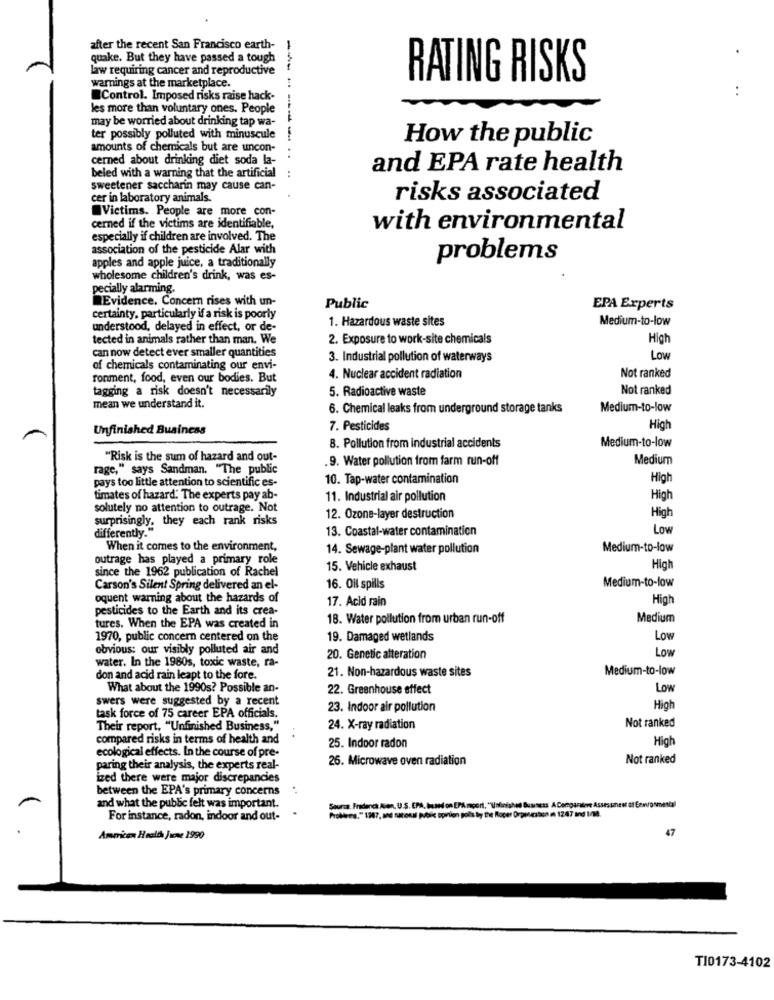
after the recent San Francisco earth-
quake. But they have passed a tough
law requiring cancer and reproductive
RATING RISKS
warnings at the marketplace.
Control. Imposed risks raise hack-
..
les more than voluntary ones. People
may be worried about drinking tap wa-
ter possibly polluted with minuscule
How the public
amounts of chemicals but are uncon-
cerned about drinking diet soda la-
-------..
beled with a warning that the artificial
and EPA rate health
:
sweetener saccharin may cause can-
cer in laboratory animals.
risks associated
Victims. People are more con-
cerned if the victims are identifiable,
with environmental
especially if children are involved. The
association of the pesticide Alar with
apples and apple juice, a traditionally
problems
wholesome children's drink, was es-
pecially alarming.
Evidence. Concern rises with un-
Public
EPA Experts
certainty, particularly if a risk is poorly
1. Hazardous waste sites
Medium-to-low
understood, delayed in effect, or de-
tected in animals rather than man. We
2. Exposure to work-site chemicals
High
can now detect ever smaller quantities
3. Industrial pollution of waterways
Low
of chemicals contaminating our envi-
ronment, food, even our bodies. But
4. Nuclear accident radiation
Not ranked
tagging a risk doesn't necessarily
5. Radioactive waste
Not ranked
mean we understand it.
6. Chemical leaks from underground storage tanks
Medium-to-low
Unfinished Business
7. Pesticides
High
8. Pollution from industrial accidents
Medium-to-low
"Risk is the sum of hazard and out-
.9. Water pollution from farm run-off
Medium
rage," says Sandman. "The public
pays too little attention to scientific es-
10. Tap-water contamination
High
timates of hazard. The experts pay ab-
11. Industrial air pollution
High
solutely no attention to outrage. Not
surprisingly, they each rank risks
12. Ozone-layer destruction
High
differently."
13. Coastal-water contamination
Low
When it comes to the environment,
14. Sewage-plant water pollution
Medium-to-low
outrage has played a primary role
since the 1962 publication of Rachel
15. Vehicle exhaust
High
Medium-to-low
Carson's Silent Spring delivered an el-
16. Oil spills
oquent warning about the hazards of
17. Acid rain
High
pesticides to the Earth and its crea-
18. Water pollution from urban run-off
Medium
tures. When the EPA was created in
1970, public concern centered on the
19. Damaged wetlands
Low
obvious: our visibly polluted air and
water. In the 1980s, toxic waste, ra-
20. Genetic alteration
Low
21. Non-hazardous waste sites
Medium-to-low
don and acid rain leapt to the fore.
What about the 1990s? Possible an-
22. Greenhouse effect
Low
swers were suggested by a recent
23. Indoor air pollution
High
task force of 75 career EPA officials.
Their report, "Unfinished Business,"
24. X-ray radiation
Not ranked
compared risks in terms of health and
High
ecological effects. In the course of pre-
25. Indoor radon
26. Microwave oven radiation
Not ranked
paring their analysis, the experts real-
ized there were major discrepancies
between the EPA's primary concerns
and what the public felt was important.
.
Sopra. Fradenca Asn, U.S. EPA, Iused on EPA magert, "Unfinished Business A Comparative Assessinest of Environmental
For instance, radon, indoor and out-
Problems," 1287, and sacosal public opinion polit by the Rocer Orpesaton m 1247 and 1/8.
47
American Health June 1990
T10173-4102